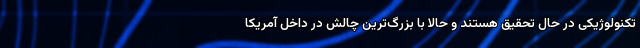
تکنولوژیکی در حال تحقیق هستند و حالا با بزرگ‌ترین چالش در داخل آمریکا